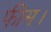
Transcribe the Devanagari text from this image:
फीस।